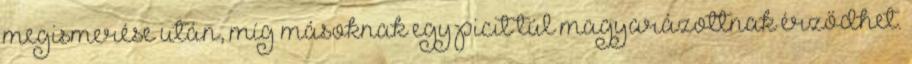
megismerése után, míg másoknak egy picit túl magyarázottnak érződhet.